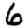
Digit: 6